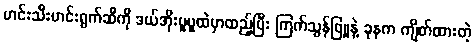
ဟင်းသီးဟင်းရွက်ဆီကို ဒယ်အိုးပူပူထဲမှာထည့်ပြီး ကြက်သွန်ဖြူနဲ့ ခုနက ကျိတ်ထားတဲ့